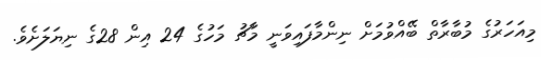
މިއަހަރުގެ މުބާރާތް ބޭއްވުމަށް ނިންމާފައިވަނީ މާޗު މަހުގެ 24 އިން 28ގެ ނިޔަލަށެވެ.